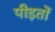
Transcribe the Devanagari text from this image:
पीड़तों